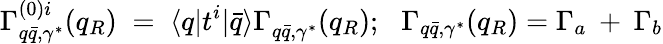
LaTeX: \Gamma_{q\bar{q},\gamma^{*}}^{(0)i}(q_{R})\; =\; \langle q|t^{i}|\bar{q}\rangle\Gamma_{q\bar{q},\gamma^{*}}^{}(q_{R});\: \: \: \Gamma_{q\bar{q},\gamma^{*}}(q_{R})=\Gamma_{a}\: +\: \Gamma_{b}